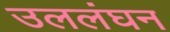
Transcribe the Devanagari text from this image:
उललंघन